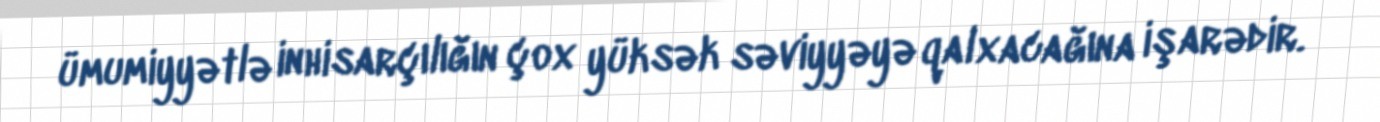
ümumiyyətlə inhisarçılığın çox yüksək səviyyəyə qalxacağına işarədir.